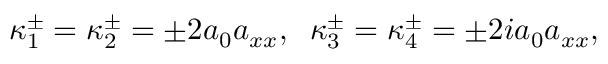
\kappa _ { 1 } ^ { \pm } = \kappa _ { 2 } ^ { \pm } = \pm 2 a _ { 0 } a _ { x x } , \; \; \kappa _ { 3 } ^ { \pm } = \kappa _ { 4 } ^ { \pm } = \pm 2 i a _ { 0 } a _ { x x } ,